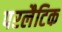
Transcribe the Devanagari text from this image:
परलैटिक